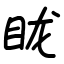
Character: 眬